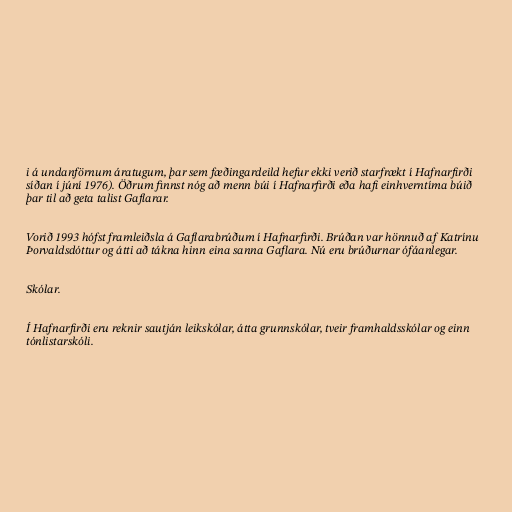
i á undanförnum áratugum, þar sem fæðingardeild hefur ekki verið starfrækt í Hafnarfirði
síðan í júní 1976). Öðrum finnst nóg að menn búi í Hafnarfirði eða hafi einhverntíma búið
þar til að geta talist Gaflarar.

Vorið 1993 hófst framleiðsla á Gaflarabrúðum í Hafnarfirði. Brúðan var hönnuð af Katrínu
Þorvaldsdóttur og átti að tákna hinn eina sanna Gaflara. Nú eru brúðurnar ófáanlegar.

Skólar.

Í Hafnarfirði eru reknir sautján leikskólar, átta grunnskólar, tveir framhaldsskólar og einn
tónlistarskóli.